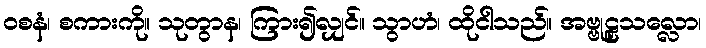
ဝစနံ၊ စကားကို။ သုတွာန၊ ကြား၍လျှင်။ သွာဟံ၊ ထိုငါသည်။ အဗ္ဗုဠှသလ္လော၊